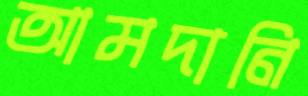
আমদানি